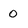
Character: 0